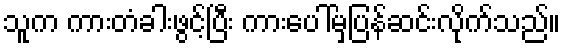
သူက ကားတံခါးဖွင့်ပြီး ကားပေါ်မှပြန်ဆင်းလိုက်သည်။